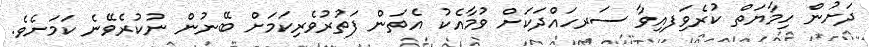
ދަށުން ހިމާޔަތް ކުރެވިަފއިވާ ސަރހައްދަކަށް ވުމާއެކު އެތަން ފަތުރުވެރިކަމަށް ބޭނުން ނުކުރެވޭނެ ކަމަށެވެ.